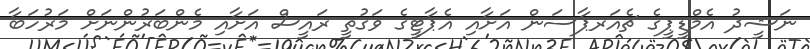
ނަޝީދު އެމްޑީޕީގެ ޗެއަރޕާސަން އަށާއި އެޕާޓީގެ ވަގުތީ ރައީސް އަށާއި މެންބަރުންނަށް މަރުހަބާ